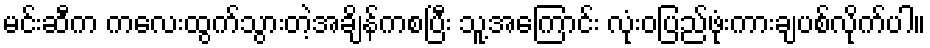
မင်းဆီက ကလေးထွက်သွားတဲ့အချိန်ကစပြီး သူ့အကြောင်း လုံးဝပြည်ဖုံးကားချပစ်လိုက်ပါ။